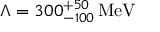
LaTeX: \Lambda = 3 0 0 _ { - 1 0 0 } ^ { + 5 0 } \, \mathrm { M e V }